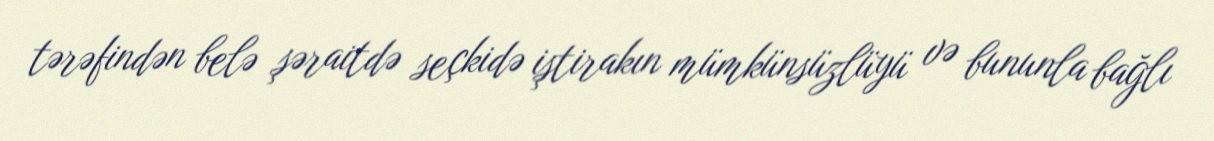
tərəfindən belə şəraitdə seçkidə iştirakın mümkünsüzlüyü və bununla bağlı